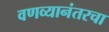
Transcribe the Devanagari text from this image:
वणव्यानंतरचा